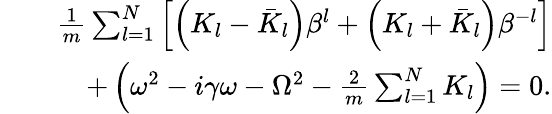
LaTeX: \begin{array}{rlr}&{}&{\frac{1}{m}\sum_{l=1}^{N}\left[\left(K_{l}-\bar{K}_{l}\right)\beta^{l}+\left(K_{l}+\bar{K}_{l}\right)\beta^{-l}\right]}\\ &{}&{+\left(\omega^{2}-i\gamma\omega-\Omega^{2}-\frac{2}{m}\sum_{l=1}^{N}K_{l}\right)=0.}\end{array}